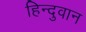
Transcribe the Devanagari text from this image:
हिन्दुवान